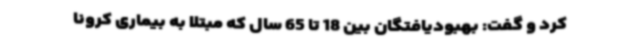
کرد و گفت: بهبودیافتگان بین 18 تا 65 سال که مبتلا به بیماری کرونا